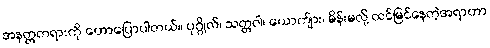
အနတ္တတရားကို ဟောပြောပါတယ်။ ပုဂ္ဂိုလ်၊ သတ္တဝါ၊ ယောက်ျား၊ မိန်းမလို့ ထင်မြင်နေတဲ့အရာဟာ